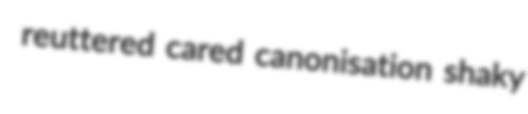
reuttered cared canonisation shaky